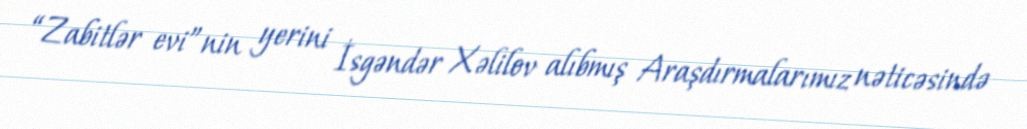
“Zabitlər evi”nin yerini İsgəndər Xəlilov alıbmış Araşdırmalarımız nəticəsində